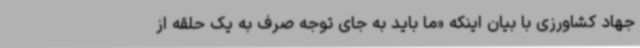
جهاد کشاورزی با بیان اینکه «ما باید به جای توجه صرف به یک حلقه از